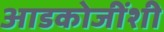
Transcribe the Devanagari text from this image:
आडकोजींशी